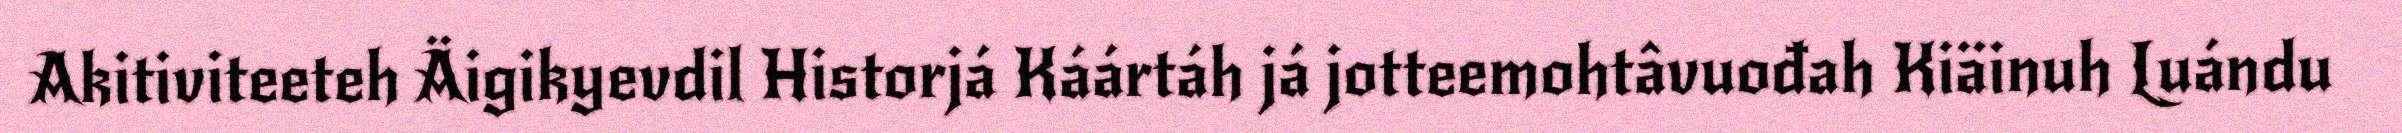
Akitiviteeteh Äigikyevdil Historjá Káártáh já jotteemohtâvuođah Kiäinuh Luándu